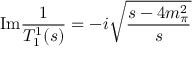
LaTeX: \mathrm { I m } { \frac { 1 } { T _ { 1 } ^ { 1 } ( s ) } } = - i \sqrt { \frac { s - 4 m _ { \pi } ^ { 2 } } { s } }